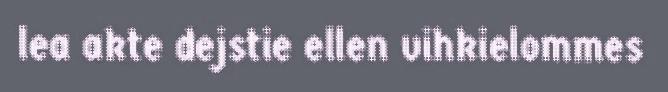
lea akte dejstie ellen vihkielommes